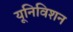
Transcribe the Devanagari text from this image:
यूनिविशन